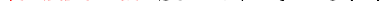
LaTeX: \smash{\ensuremath{\mathrm{Sc}}\equiv\nu/D_{s}\sim\mathcal{O}(1)}